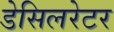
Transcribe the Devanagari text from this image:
डेसिलरेटर